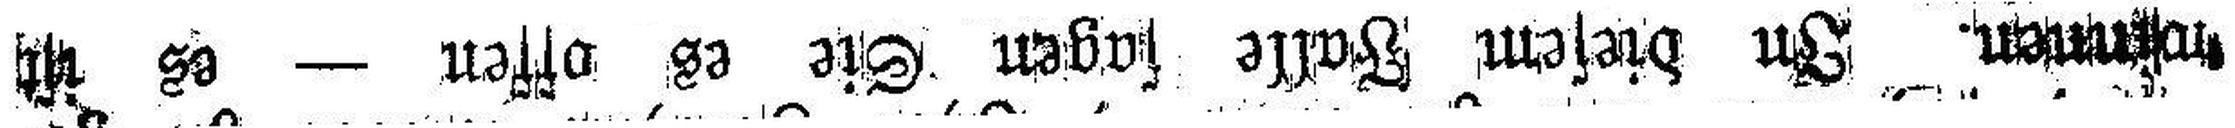
winnen. In diesem Falle sagen Sie es offen — es ist